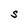
Character: S